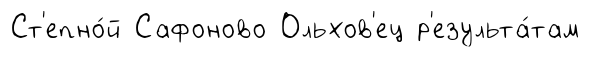
Ст'епно́й Сафоново Ольхов'ец р'езульта́там